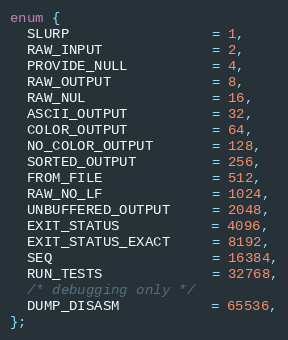
Language: C
enum {
  SLURP                 = 1,
  RAW_INPUT             = 2,
  PROVIDE_NULL          = 4,
  RAW_OUTPUT            = 8,
  RAW_NUL               = 16,
  ASCII_OUTPUT          = 32,
  COLOR_OUTPUT          = 64,
  NO_COLOR_OUTPUT       = 128,
  SORTED_OUTPUT         = 256,
  FROM_FILE             = 512,
  RAW_NO_LF             = 1024,
  UNBUFFERED_OUTPUT     = 2048,
  EXIT_STATUS           = 4096,
  EXIT_STATUS_EXACT     = 8192,
  SEQ                   = 16384,
  RUN_TESTS             = 32768,
  /* debugging only */
  DUMP_DISASM           = 65536,
};